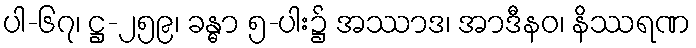
ပါ-၆၇၊ ဋ္ဌ-၂၅၉၊ ခန္ဓာ ၅-ပါး၌ အဿာဒ၊ အာဒီနဝ၊ နိဿရဏ